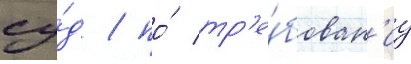
су́д / по́ тр'е́бован'иу